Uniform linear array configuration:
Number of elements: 32
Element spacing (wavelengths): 0.25
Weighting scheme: binomial
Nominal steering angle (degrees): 30
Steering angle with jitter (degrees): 30.575
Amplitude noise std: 0.05
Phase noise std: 0.05

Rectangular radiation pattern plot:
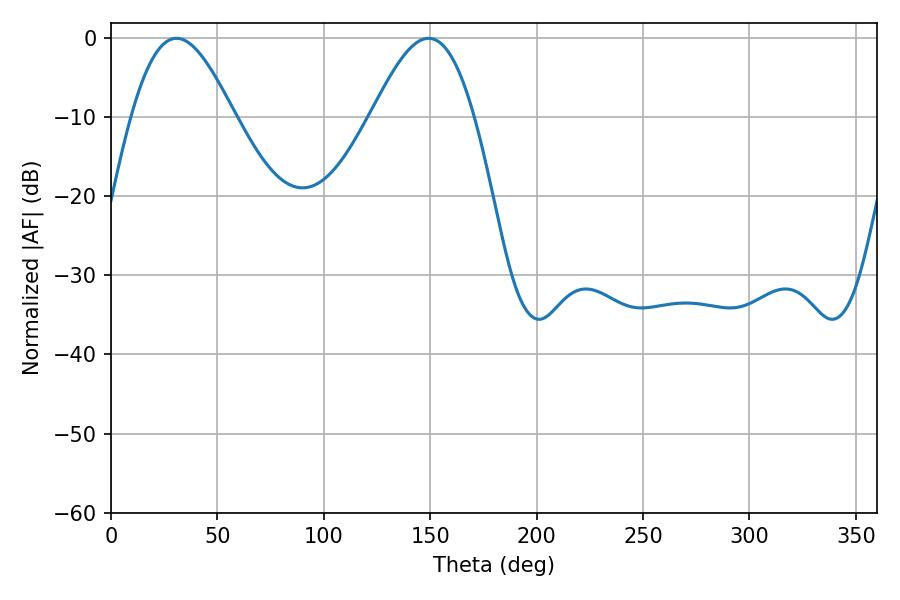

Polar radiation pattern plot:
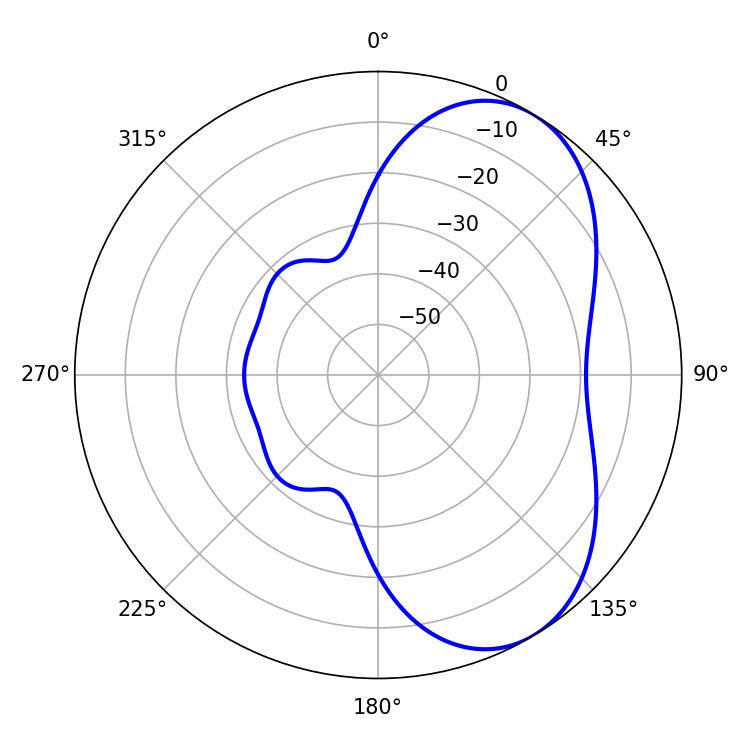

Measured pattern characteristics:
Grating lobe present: FALSE
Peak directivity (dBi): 5.696
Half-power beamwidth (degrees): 25.92
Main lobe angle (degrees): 30.78